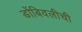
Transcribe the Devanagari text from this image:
डोंबिवलीची